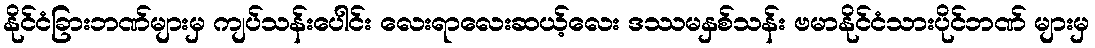
နိုင်ငံခြားဘဏ်များမှ ကျပ်သန်းပေါင်း လေးရာလေးဆယ့်လေး ဒဿမနှစ်သန်း ဗမာနိုင်ငံသားပိုင်ဘဏ် များမှ